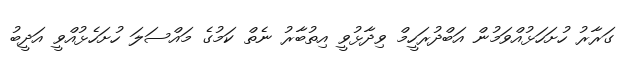
ގަރާރު ހުށަހަޅުއްވަމުން އަބްދުރަހީމް ވިދާޅުވީ އިތުބާރު ނެތް ކަމުގެ މައްސަލަ ހުށަހެޅުއްވީ އަދީބު